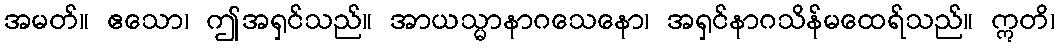
အမတ်။ ဧသော၊ ဤအရှင်သည်။ အာယသ္မာနာဂသေနော၊ အရှင်နာဂသိန်မထေရ်သည်။ ဣတိ၊